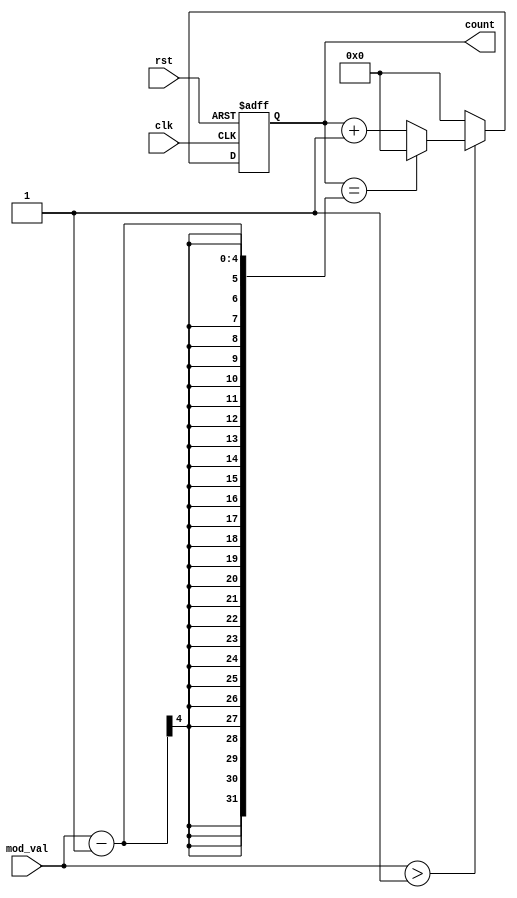
module modulus_counter (
    input wire clk,               // Clock signal
    input wire rst,               // Asynchronous active-high reset
    input wire [3:0] mod_val,     // Programmable modulus value (up to 15)
    output reg [3:0] count        // Current count value
);

// Initial block to set the count to zero at the start
initial begin
    count = 4'b0000; // Start counting from 0
end

always @(posedge clk or posedge rst) begin
    if (rst) begin
        count <= 4'b0000; // Reset the count to 0
    end else begin
        if (mod_val > 4'b0001) begin // Check if modulus is greater than 1
            if (count == mod_val - 1) begin
                count <= 4'b0000; // Wrap around to 0
            end else begin
                count <= count + 1; // Increment count
            end
        end else begin
            count <= 4'b0000; // If mod_val is 1, always output 0
        end
    end
end

endmodule